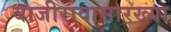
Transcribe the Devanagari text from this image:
बाजीरावासारख्या